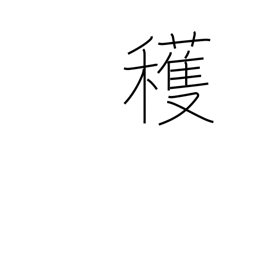
Meaning: reap